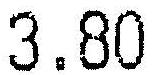
3.80